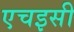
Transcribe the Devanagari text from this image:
एचइसी